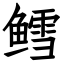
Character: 鳕